Report of the Indian Hemp Drugs Commission, 1894-1895 - Volume IV
Year: 1894
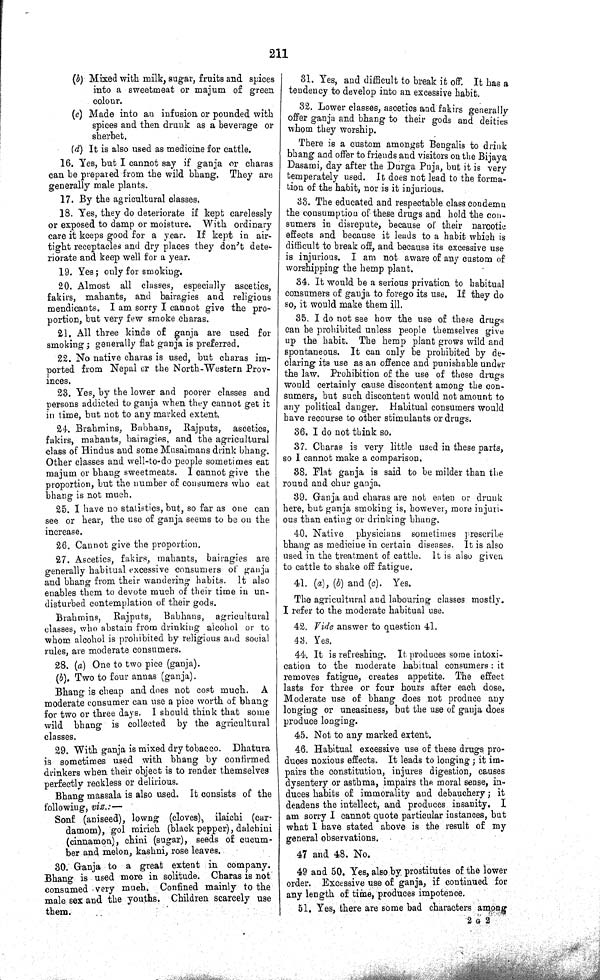
211
(b) Mixed with milk, sugar, fruits and spices
into a sweetmeat or majum of green
colour.
(c) Made into an infusion or pounded with
spices and then drunk as a heverage or
sherbet,
(d) It is also used as medicine for cattle.
16. Yes, but I cannot say if ganja or charas
can be prepared from the wild bhang. They are
generally male plants.
17. By the agricultural classes.
18. Yes, they do deteriorate if kept carelessly
or exposed to damp or moisture. With ordinary
care it keeps good for a year. If kept in air-
tight receptacles and dry places they don't dete-
riorate and keep well for a year.
19. Yes; only for smoking.
20. Almost all classes, especially ascetics,
fakirs, mahants, and bairagies and religious
mendicants. I am sorry I cannot give the pro-
portion, but very few smoke charas.
21. All three kinds of ganja are used for
smoking; generally flat ganja is preferred.
22. No native charas is used, but charas im-
ported from Nepal or the North-Western Prov-
inces.
23. Yes, by the lower and poorer classes and
persons addicted to ganja when they cannot get it
in time, but not to any marked extent.
24. Brahmins, Babhans, Rajputs,
ascetics,
fakirs, mahants, bairagies, and the agricultural
class of Hindus and some Musalmans drink bhang.
Other classes and well-to-do people sometimes eat
majum or bhang sweetmeats. I cannot give the
proportion, but the number of consumers who eat
bhang is not much.
25. I have no statistics, but, so far as one can
see or hear, the use of ganja seems to be on the
increase.
26. Cannot give the proportion.
27. Ascetics, fakirs, mahants, bairagies are
generally habitual excessive consumers of ganja
and bhang from their wandering habits. It also
enables them to devote much of their time in un-
disturbed contemplation of their gods.
Brahmins,
Rajputs,
Babhans,
agricultural
classes, who abstain from drinking alcohol or to
whom alcohol is prohibited by religious and social
rules, are moderate consumers.
28. (a) One to two pice (ganja).
(b). Two to four annas (ganja).
Bhang is cheap and does not cost much.
A
moderate consumer can use a pice worth of bhang
for two or three days. I should think that some
wild bhang is collected by the agricultural
classes.
29. With ganja is mixed dry tobacco.
Dhatura
is sometimes used with bhang by confirmed
drinkers when their object is to render themselves
perfectly reckless or delirious.
Bhang massala is also used. It consists of the
following, viz.:—
Sonf (aniseed), lowng (cloves), ilaichi (car-
damom), gol mirich (black pepper), dalchini
(cinnamon), chini (sugar), seeds of cucum-
ber and melon, kashni, rose leaves.
30. Ganja to a great extent in company.
Bhang is used more in solitude. Charas is not
consumed very much. Confined mainly to the
male sex and the youths. Children scarcely use
them.
31. Yes, and difficult to break it off. It has a
tendency to develop into an excessive habit.
32. Lower classes, ascetics and fakirs generally
offer ganja and bhang to their gods and deities
whom they worship.
There is a custom amongst Bengalis to drink
bhang and offer to friends and visitors on the Bijaya
Dasami, day after the Durga Puja, but it is very
temperately used. It does not lead to the forma-
tion of the habit, nor is it injurious.
33. The educated and respectable class condemn
the consumption of these drugs and hold the con-
sumers in disrepute, because of their narcotic
effects and because it leads to a habit which is
difficult to break off, and because its excessive use
is injurious. I am not aware of any custom of
worshipping the hemp plant.
34. It would be a serious privation to habitual
consumers of ganja to forego its use. If they do
so, it would make them ill.
35. I do not see how the use of these drugs
can be prohibited unless people themselves give
up the habit. The hemp plant grows wild and
spontaneous. It can only be prohibited by de-
claring its use as an offence and punishable under
the law. Prohibition of the use of these drugs
would certainly cause discontent among the con-
sumers, but such discontent would not amount to
any political danger. Habitual consumers would
have recourse to other stimulants or drugs.
36. I do not think so.
37. Charas is very little used in these parts,
so I cannot make a comparison.
38. Flat ganja is said to be milder than the
round and chur ganja.
39. Ganja and charas are not eaten or drunk
here, but ganja smoking is, however, more injuri-
ous than eating or drinking bhang.
40. Native
physicians sometimes prescribe
bhang as medicine in certain diseases. It is also
used in the treatment of cattle. It is also given
to cattle to shake off fatigue.
41. (a), (b) and (c). Yes.
The agricultural and labouring classes mostly.
I refer to the moderate habitual use.
42. Vide answer to question 41.
43. Yes.
44. It is refreshing. It produces some intoxi-
cation to the moderate habitual consumers: it
removes fatigue, creates appetite. The effect
lasts for three or four hours after each dose.
Moderate use of bhang does not produce any
longing or uneasiness, but the use of ganja does
produce longing.
45. Not to any marked extent.
46. Habitual excessive use of these drugs pro-
duces noxious effects. It leads to longing; it im-
pairs the constitution, injures digestion, causes
dysentery or asthma, impairs the moral sense, in-
duces habits of immorality and debauchery; it
deadens the intellect, and produces insanity.
I
am sorry I cannot quote particular instances, but
what I have stated above is the result of my
general observations.
47 and 48. No.
49 and 50. Yes, also by prostitutes of the lower
order. Excessive use of ganja, if continued for
any length of time, produces impotence.
51. Yes, there are some bad characters among
2 G 2